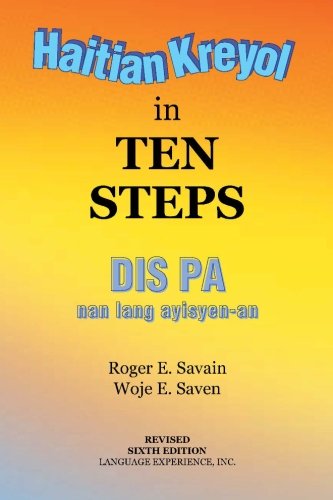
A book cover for Haitian Kreyol in Ten Steps; Roger E. Savain; Travel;